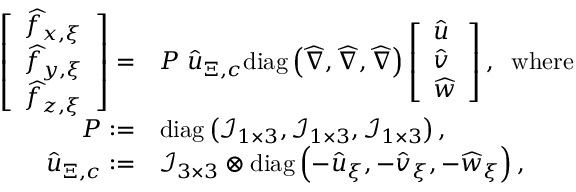
\begin{array} { r l } { \left[ \begin{array} { l } { \widehat { f } _ { x , \xi } } \\ { \widehat { f } _ { y , \xi } } \\ { \widehat { f } _ { z , \xi } } \end{array} \right] = } & { \boldsymbol { P } \; \boldsymbol { \widehat { u } } _ { \Xi , c } \mathrm { d i a g } \left( \boldsymbol { \widehat { \nabla } } , \boldsymbol { \widehat { \nabla } } , \boldsymbol { \widehat { \nabla } } \right) \left[ \begin{array} { l } { \widehat { u } } \\ { \widehat { v } } \\ { \widehat { w } } \end{array} \right] , \; \; \mathrm { w h e r e } } \\ { \boldsymbol { P } : = } & { \mathrm { d i a g } \left( \mathcal { I } _ { 1 \times 3 } , \mathcal { I } _ { 1 \times 3 } , \mathcal { I } _ { 1 \times 3 } \right) , } \\ { \boldsymbol { \widehat { u } } _ { \Xi , c } : = } & { \mathcal { I } _ { 3 \times 3 } \otimes \mathrm { d i a g } \left( - \widehat { u } _ { \xi } , - \widehat { v } _ { \xi } , - \widehat { w } _ { \xi } \right) , } \end{array}